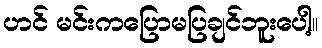
ဟင် မင်းကပြောမပြချင်ဘူးပေါ့။